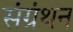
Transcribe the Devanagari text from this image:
संग्रंथन